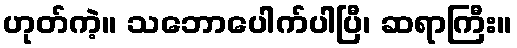
ဟုတ်ကဲ့။ သဘောပေါက်ပါပြီ၊ ဆရာကြီး။